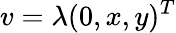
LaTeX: v=\lambda(0,x,y)^{T}